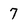
Character: 7